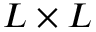
L \times L